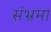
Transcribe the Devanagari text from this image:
संभ्रमा